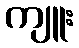
ကျူး